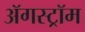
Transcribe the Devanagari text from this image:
ॲगस्ट्रॉम